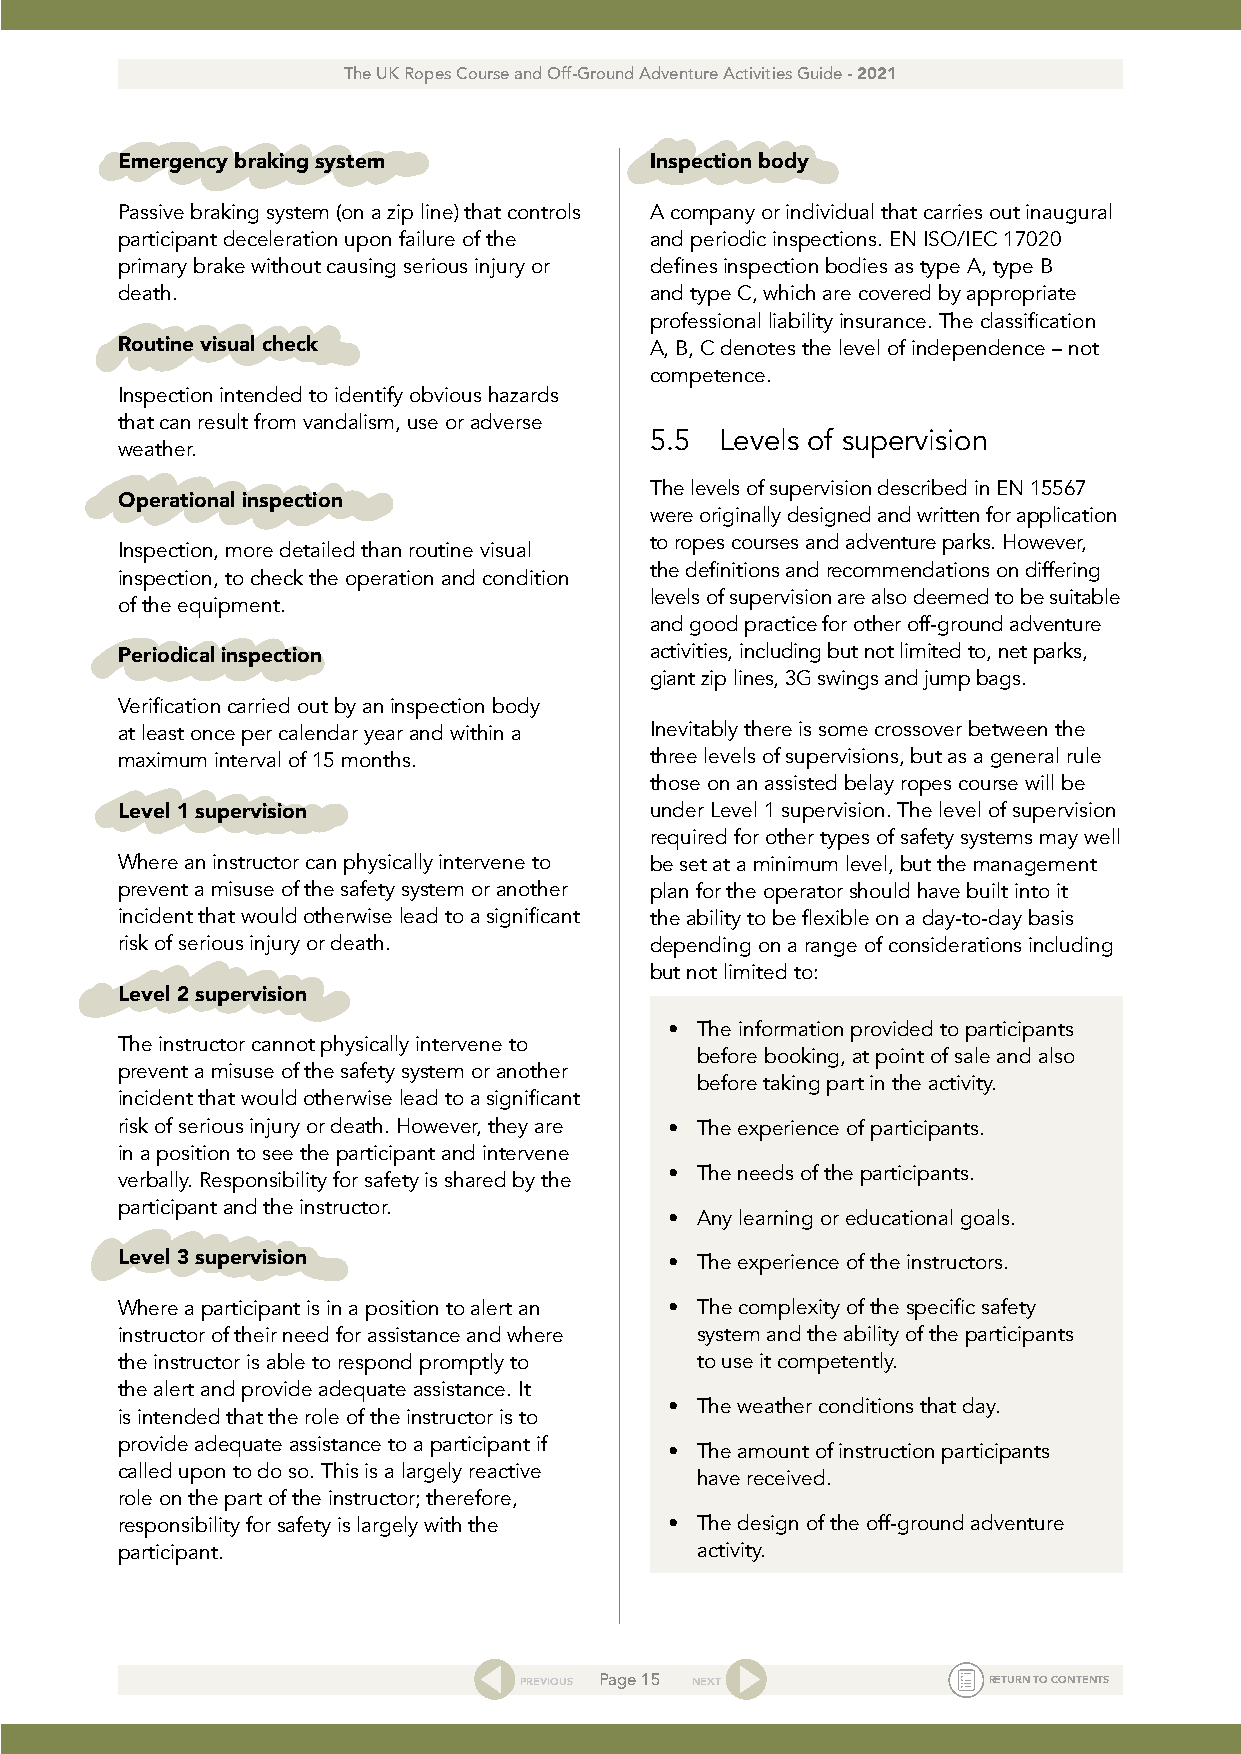
The UK Ropes Course and Off-Ground Adventure Activities Guide - 2021
 Emergency braking system           Inspection body
 Passive braking system (on a zip line) that controls A company or individual that carries out inaugural
 participant deceleration upon failure of the and periodic inspections. EN ISO/IEC 17020
 primary brake without causing serious injury or defines inspection bodies as type A, type B
 death.                             and type C, which are covered by appropriate
 professional liability insurance. The classification
 Routine visual check               A, B, C denotes the level of independence – not
 competence.
 Inspection intended to identify obvious hazards
 that can result from vandalism, use or adverse
 5.5  Levels of supervision
 weather.
 The levels of supervision described in EN 15567
 Operational inspection
 were originally designed and written for application
 to ropes courses and adventure parks. However,
 Inspection, more detailed than routine visual
 the definitions and recommendations on differing
 inspection, to check the operation and condition
 levels of supervision are also deemed to be suitable
 of the equipment.
 and good practice for other off-ground adventure
 activities, including but not limited to, net parks,
 Periodical inspection
 giant zip lines, 3G swings and jump bags.
 Verification carried out by an inspection body
 at least once per calendar year and within a Inevitably there is some crossover between the
 maximum interval of 15 months.     three levels of supervisions, but as a general rule
 those on an assisted belay ropes course will be
 Level 1 supervision                under Level 1 supervision. The level of supervision
 required for other types of safety systems may well
 Where an instructor can physically intervene to be set at a minimum level, but the management
 prevent a misuse of the safety system or another plan for the operator should have built into it
 incident that would otherwise lead to a significant the ability to be flexible on a day-to-day basis
 risk of serious injury or death.   depending on a range of considerations including
 but not limited to:
 Level 2 supervision
 • The information provided to participants
 The instructor cannot physically intervene to
 before booking, at point of sale and also
 prevent a misuse of the safety system or another
 before taking part in the activity.
 incident that would otherwise lead to a significant
 risk of serious injury or death. However, they are • The experience of participants.
 in a position to see the participant and intervene
 • The needs of the participants.
 verbally. Responsibility for safety is shared by the
 participant and the instructor.
 • Any learning or educational goals.
 Level 3 supervision                 • The experience of the instructors.
 Where a participant is in a position to alert an • The complexity of the specific safety
 instructor of their need for assistance and where system and the ability of the participants
 the instructor is able to respond promptly to to use it competently.
 the alert and provide adequate assistance. It
 • The weather conditions that day.
 is intended that the role of the instructor is to
 provide adequate assistance to a participant if
 • The amount of instruction participants
 called upon to do so. This is a largely reactive
 have received.
 role on the part of the instructor; therefore,
 responsibility for safety is largely with the • The design of the off-ground adventure
 participant.                          activity.
 PREVIOUS Page 15 NEXT          RETURN TO CONTENTS